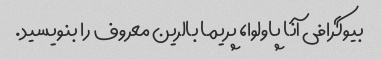
بیوگرافی آنا پاولوا، پریما بالرین معروف را بنویسید.